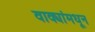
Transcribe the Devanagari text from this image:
वाक्यांमधून